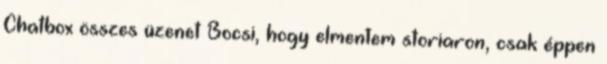
Chatbox összes üzenet Bocsi, hogy elmentem storiaron, csak éppen